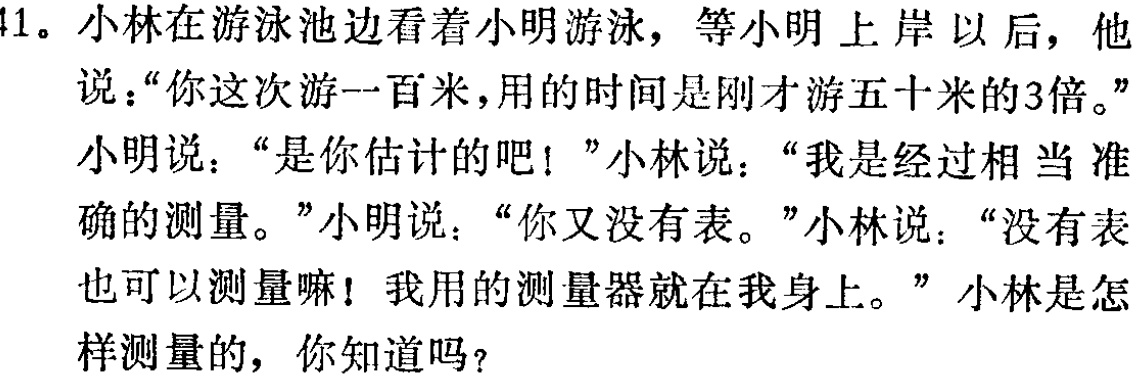
41。小林在游泳池边看着小明游泳，等小明上岸以后，他

说：“你这次游一百米，用的时间是刚才游五十米的3倍。”

小明说：“是你估计的吧！”小林说：“我是经过相当准确的测量。”小明说：“你又没有表。”小林说：“没有表

也可以测量嘛！我用的测量器就在我身上。” 小林是怎

样测量的，你知道吗？